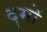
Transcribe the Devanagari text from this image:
दुमों